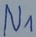
Text: N1